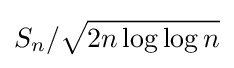
S_{n}/{\sqrt {2n\log \log n}}